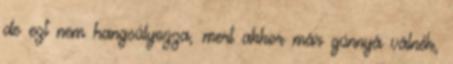
de ezt nem hangsúlyozza, mert akkor már gúnnyá válnék,